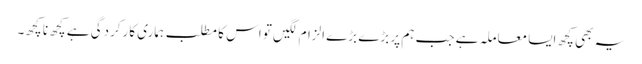
یہ بھی کچھ ایسا معاملہ ہے جب ہم پر بڑے بڑے الزام لگیں تو اس کا مطلب ہماری کارکردگی ہے کچھ نا کچھ۔